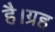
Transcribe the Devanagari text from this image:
है।ग्रह